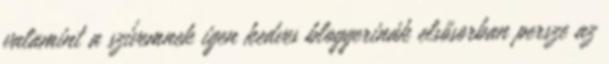
valamint a szívemnek igen kedves bloggerinák elsősorban persze az